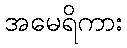
အမေရိကား